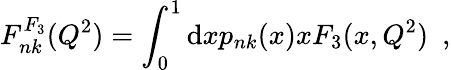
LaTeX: F_{nk}^{F_{3}}(Q^{2})=\int_{0}^{1}\mathrm{d}xp_{nk}(x)xF_{3}(x,Q^{2})~~,